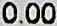
0.00